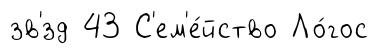
зв'́зд 43 С'ем'е́йство Ло́гос